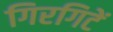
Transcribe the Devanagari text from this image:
गिरगिटें